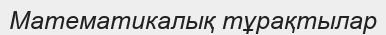
Математикалық тұрақтылар